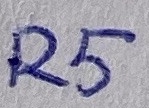
Text: R5